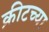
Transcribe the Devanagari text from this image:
क्रीटच्या